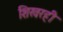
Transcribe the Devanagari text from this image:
शिखरही